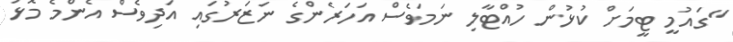
"ގައުމީ ޓީމަށް ކުޅުން ހުއްޓާލި ނަމަވެސް އަހަރެންގެ ނަޒަރުގައި އަދިވެސް އެންމެ މޮޅު